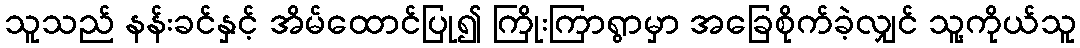
သူသည် နန်းခင်နှင့် အိမ်ထောင်ပြု၍ ကြိုးကြာရွာမှာ အခြေစိုက်ခဲ့လျှင် သူ့ကိုယ်သူ